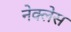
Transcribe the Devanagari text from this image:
नेक्लेस